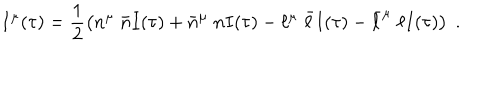
I ^ { \mu } ( \tau ) = \frac { 1 } { 2 } \left( n ^ { \mu } \; \bar { n } I ( \tau ) + \bar { n } ^ { \mu } \; n I ( \tau ) - \ell ^ { \mu } \; \bar { \ell } I ( \tau ) - \bar { \ell } ^ { \mu } \; \ell I ( \tau ) \right) \; .